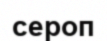
сероп